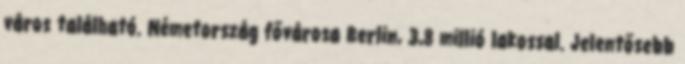
város található. Németország fővárosa Berlin, 3,8 millió lakossal. Jelentősebb